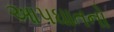
આપઘાતનો